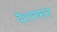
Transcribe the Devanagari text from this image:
देशागमन